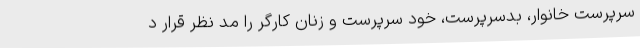
سرپرست خانوار، بدسرپرست، خود سرپرست و زنان کارگر را مد نظر قرار د